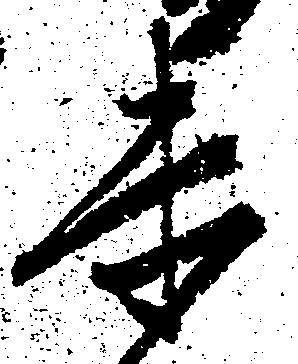
未